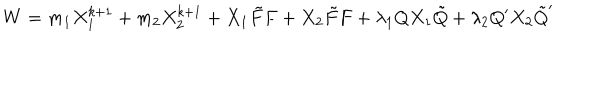
W = m _ { 1 } X _ { 1 } ^ { k + 1 } + m _ { 2 } X _ { 2 } ^ { k + 1 } + X _ { 1 } \tilde { F } F + X _ { 2 } \tilde { F } F + \lambda _ { 1 } Q X _ { 1 } \tilde { Q } + \lambda _ { 2 } Q ^ { \prime } X _ { 2 } \tilde { Q } ^ { \prime }